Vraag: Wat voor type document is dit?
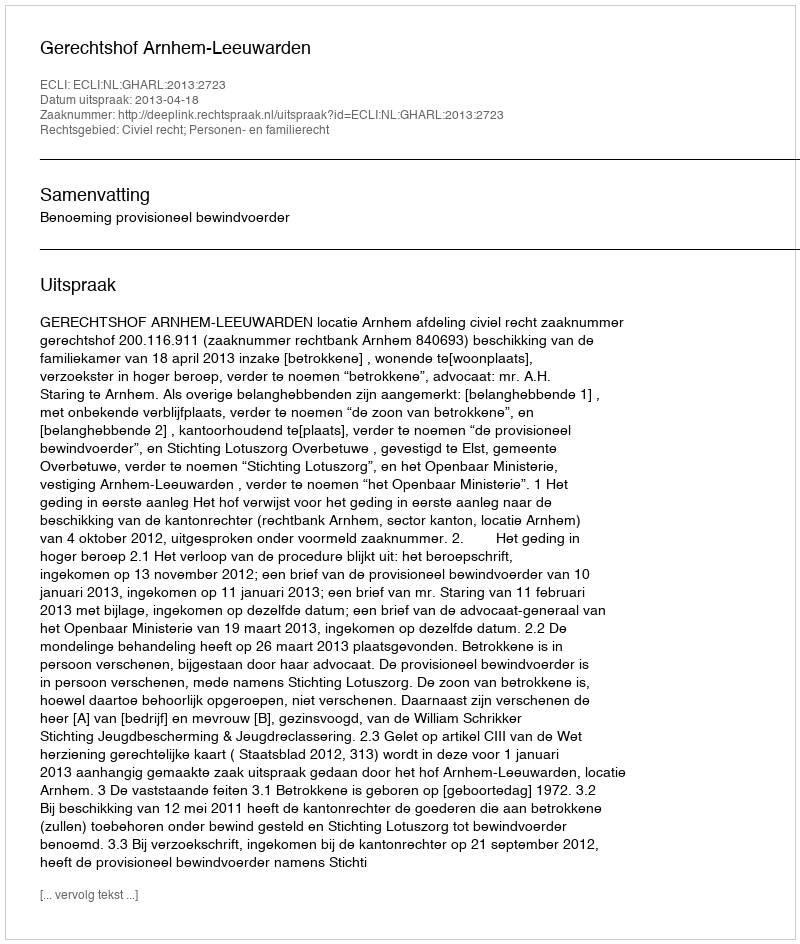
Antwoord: Uitspraak